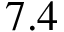
7 . 4